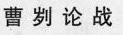
曹刿论战